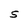
Character: S